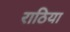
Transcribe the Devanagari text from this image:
राठिया